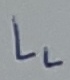
Text: LL